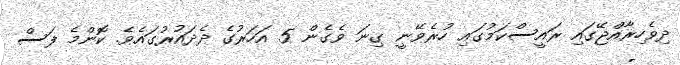
ދިވެހިރާއްޖޭގައި ރައީސްކަމުގައި ހުރެވޭނީ ގިނަ ވެގެން 5 އަހަރުގެ ދެދައުރުގައެވެ. ކޮންމެ ފަސް